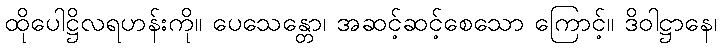
ထိုပေါဋ္ဌိလရဟန်းကို။ ပေသေန္တော၊ အဆင့်ဆင့်စေသော ကြောင့်။ ဒိဝါဋ္ဌာနေ၊